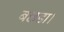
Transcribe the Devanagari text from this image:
बछडा।